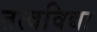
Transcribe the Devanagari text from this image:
तत्वविद्या